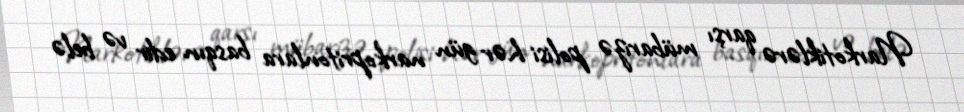
Narkotiklərə qarşı mübarizə polisi hər gün narkopritonlara basqın edir və belə